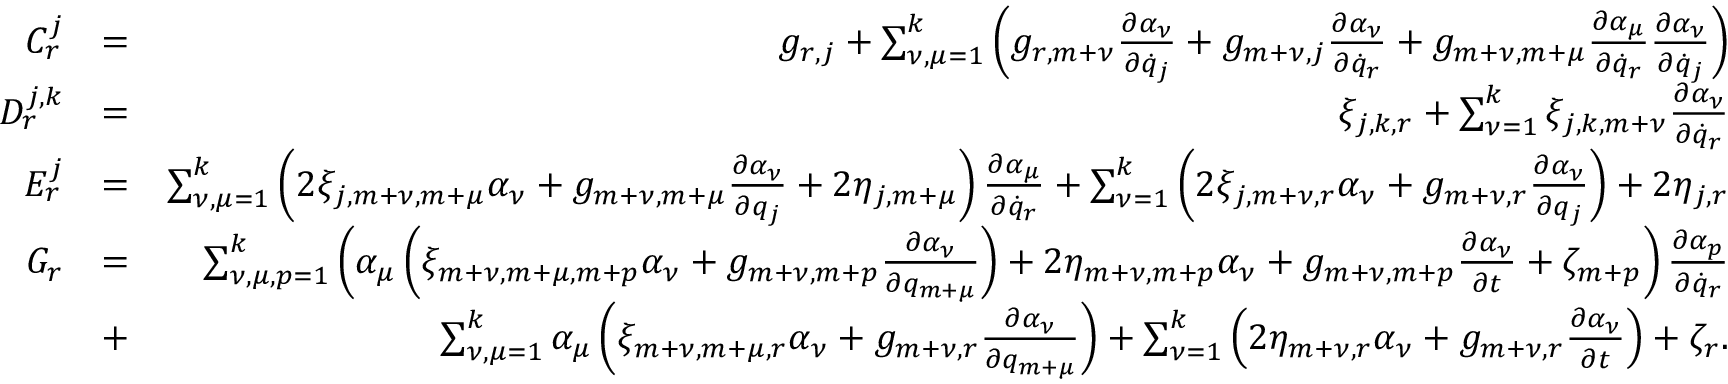
\begin{array} { r l r } { C _ { r } ^ { j } } & { = } & { g _ { r , j } + \sum _ { \nu , \mu = 1 } ^ { k } \left( g _ { r , m + \nu } \frac { \partial \alpha _ { \nu } } { \partial { \dot { q } } _ { j } } + g _ { m + \nu , j } \frac { \partial \alpha _ { \nu } } { \partial { \dot { q } } _ { r } } + g _ { m + \nu , m + \mu } \frac { \partial \alpha _ { \mu } } { \partial { \dot { q } } _ { r } } \frac { \partial \alpha _ { \nu } } { \partial { \dot { q } } _ { j } } \right) } \\ { D _ { r } ^ { j , k } } & { = } & { \xi _ { j , k , r } + \sum _ { \nu = 1 } ^ { k } \xi _ { j , k , m + \nu } \frac { \partial \alpha _ { \nu } } { \partial { \dot { q } } _ { r } } } \\ { E _ { r } ^ { j } } & { = } & { \sum _ { \nu , \mu = 1 } ^ { k } \left( 2 \xi _ { j , m + \nu , m + \mu } \alpha _ { \nu } + g _ { m + \nu , m + \mu } \frac { \partial \alpha _ { \nu } } { \partial q _ { j } } + 2 \eta _ { j , m + \mu } \right) \frac { \partial \alpha _ { \mu } } { \partial { \dot { q } } _ { r } } + \sum _ { \nu = 1 } ^ { k } \left( 2 \xi _ { j , m + \nu , r } \alpha _ { \nu } + g _ { m + \nu , r } \frac { \partial \alpha _ { \nu } } { \partial q _ { j } } \right) + 2 \eta _ { j , r } } \\ { G _ { r } } & { = } & { \sum _ { \nu , \mu , p = 1 } ^ { k } \left( \alpha _ { \mu } \left( \xi _ { m + \nu , m + \mu , m + p } \alpha _ { \nu } + g _ { m + \nu , m + p } \frac { \partial \alpha _ { \nu } } { \partial q _ { m + \mu } } \right) + 2 \eta _ { m + \nu , m + p } \alpha _ { \nu } + g _ { m + \nu , m + p } \frac { \partial \alpha _ { \nu } } { \partial t } + \zeta _ { m + p } \right) \frac { \partial \alpha _ { p } } { \partial { \dot { q } } _ { r } } } \\ & { + } & { \sum _ { \nu , \mu = 1 } ^ { k } \alpha _ { \mu } \left( \xi _ { m + \nu , m + \mu , r } \alpha _ { \nu } + g _ { m + \nu , r } \frac { \partial \alpha _ { \nu } } { \partial q _ { m + \mu } } \right) + \sum _ { \nu = 1 } ^ { k } \left( 2 \eta _ { m + \nu , r } \alpha _ { \nu } + g _ { m + \nu , r } \frac { \partial \alpha _ { \nu } } { \partial t } \right) + \zeta _ { r } . } \end{array}